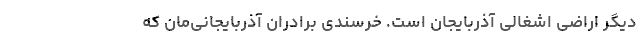
دیگر اراضی اشغالی آذربایجان است. خرسندی برادران آذربایجانی‌مان که